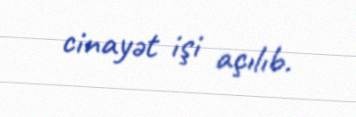
cinayət işi açılıb.